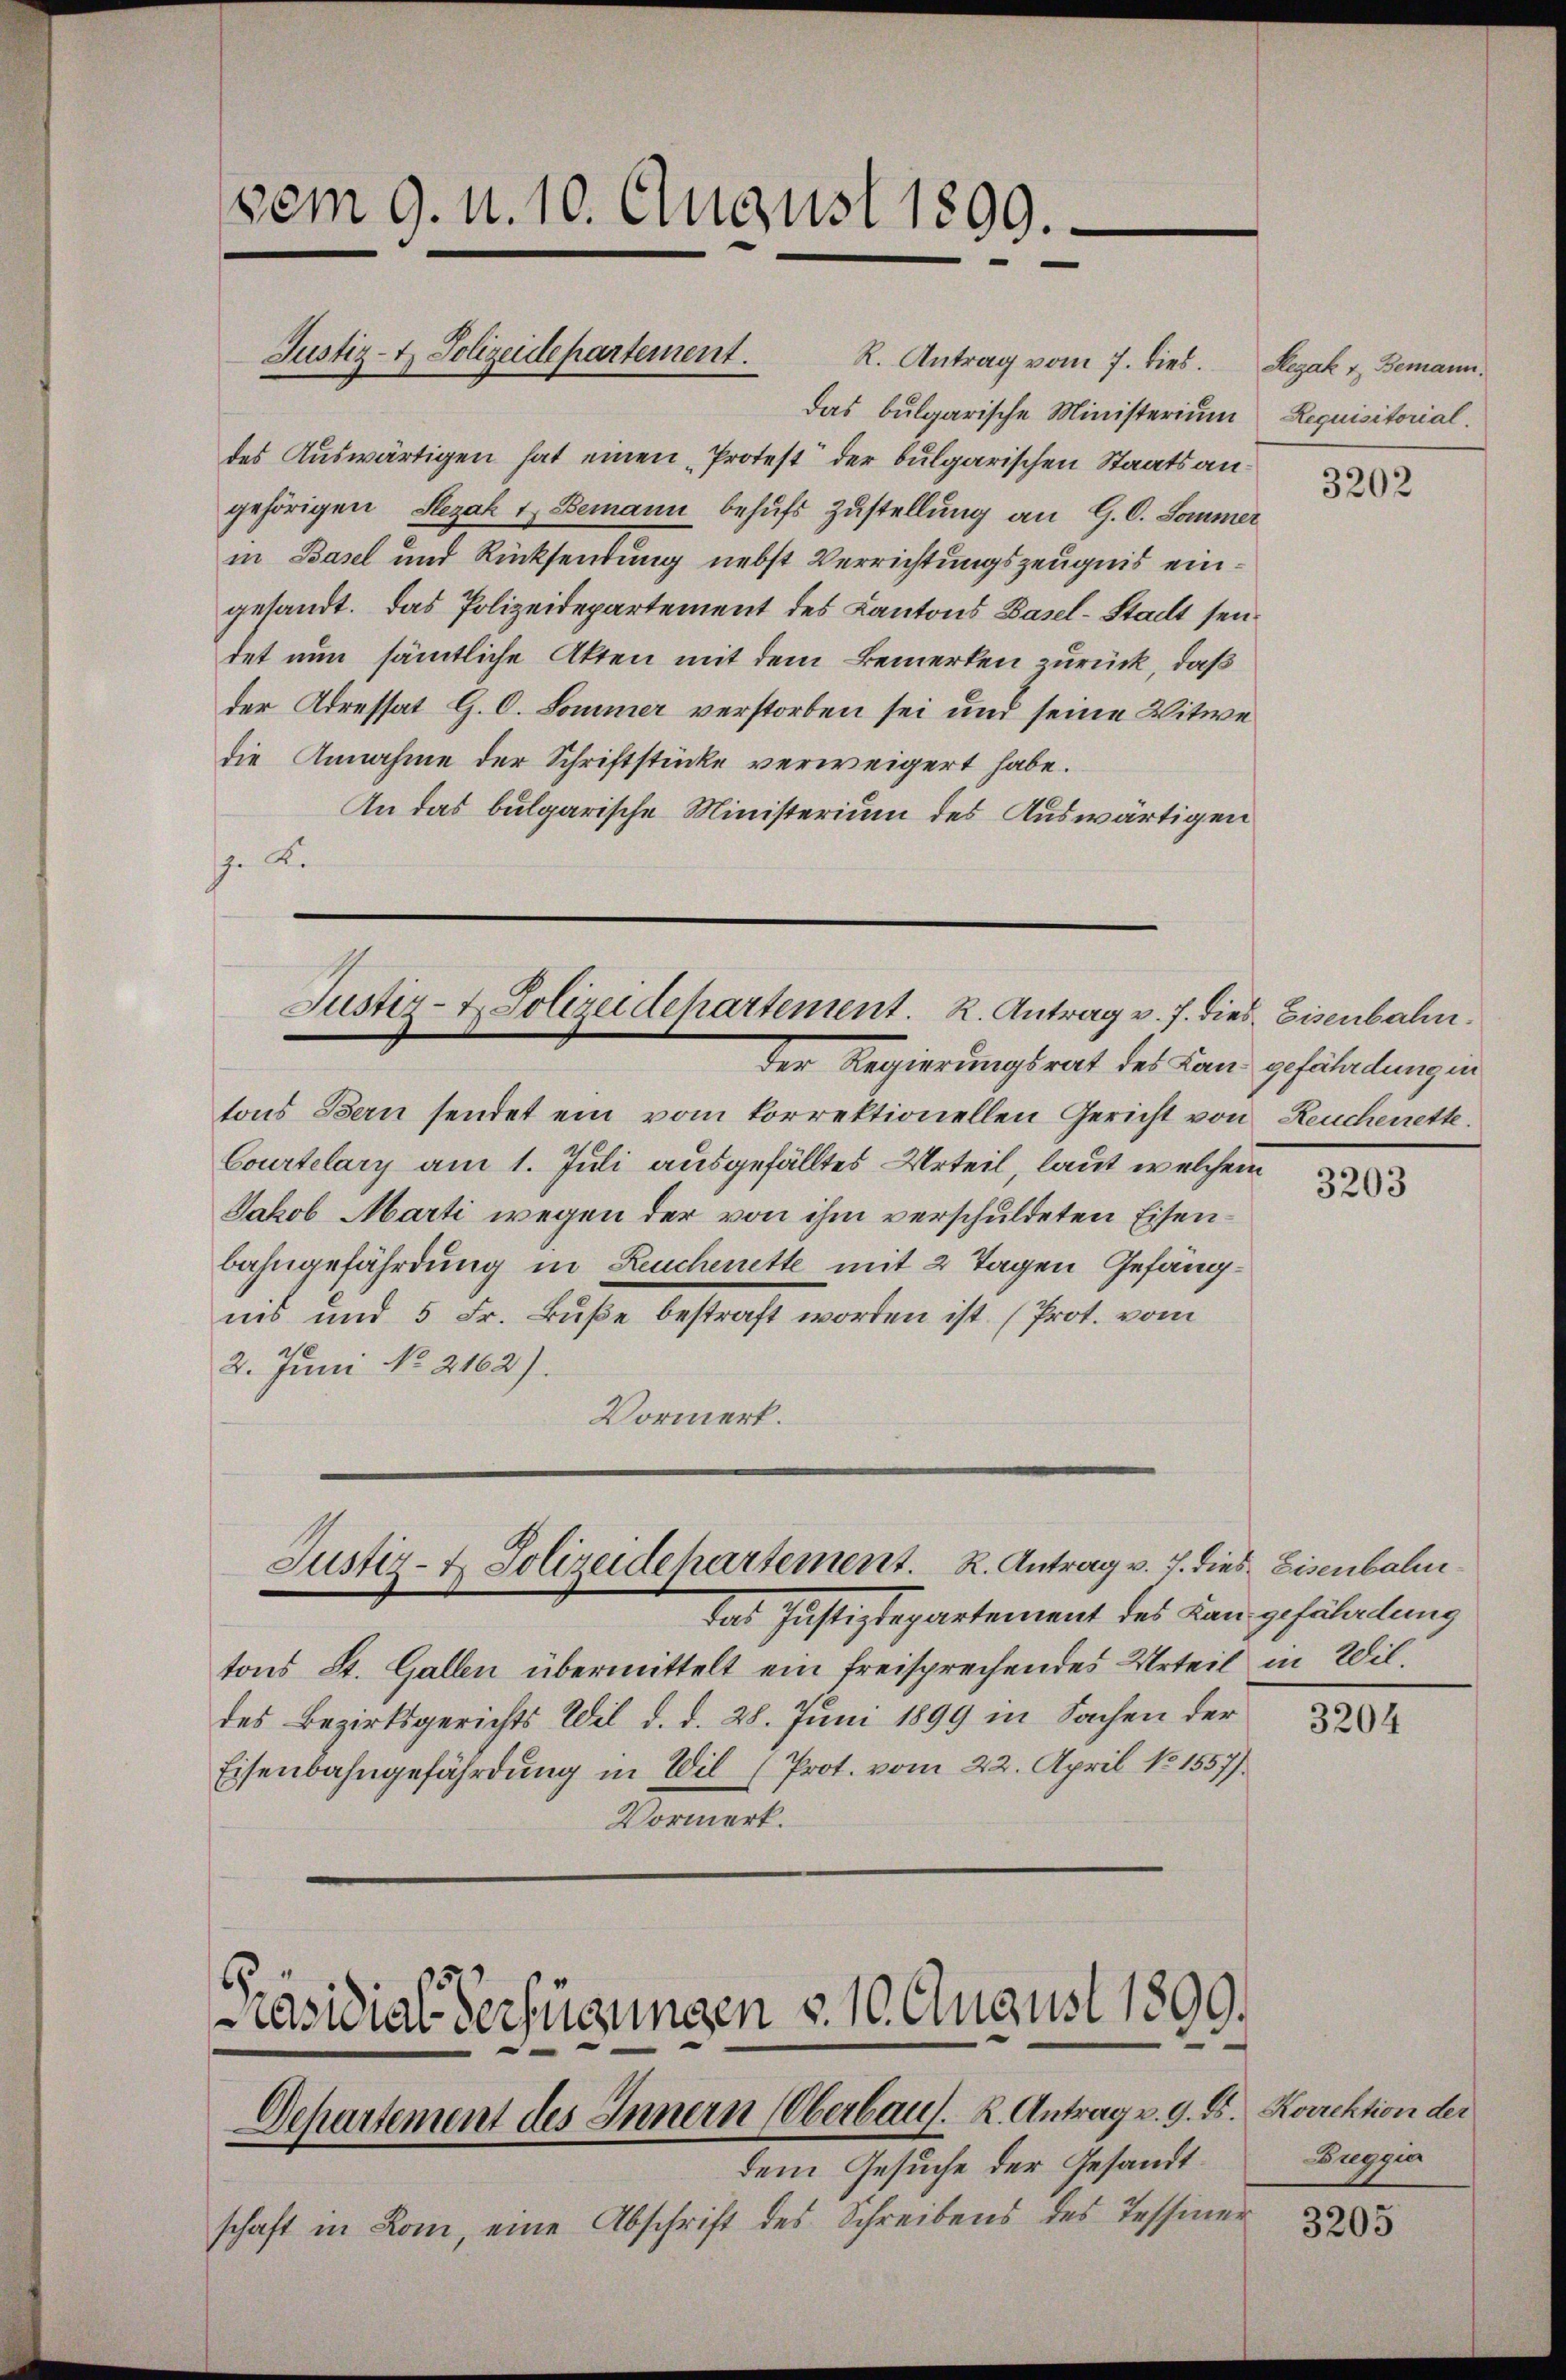
Justiz- & Polizeidepartement. R. Antrag vom 7. dies. Rezak u. Bemann.
Das bulgarische Ministerium
des Auswärtigen hat einen „Protest der bulgarischen Staatsangehörigen Slezak u. Bemann behufs Zustellung an G. C. Sommer
in Basel und Rücksendung nebst Verrichtungszeugnis eingesandt. Das Polizeidepartement des Kantons Basel-Stadt seidet nun sämtliche Akten mit dem Bemerken zurück, daß
der Adressat G. C. Sommer verstorben sei und seine Witwe
die Annahme der Schriftstücke verweigert habe.
An das bulgarische Ministerium des Auswärtigen
In Kr

vom 9. d. 10. August 1809.

Justiz- & Polizeidepartement. R. Antrag v. 7. dies Eisenbahn.
der Regierungsrat des Land gefährdung in

tons Bern sendet ein vom korrektionellen Gericht von Reucherette
Courtelary am 1. Juli ausgefälltes Urteil, laut welchem
Jakob Marti wegen der von ihm verschuldeten Eisenbahngefährdung in Reuchenette mit 2 Tagen Gefängnis und 5 Fr. Buße bestraft worden ist. (Prot. vom
2. Juni No 2162).
Vormerk.

Justiz- & Polizeidehartement. K. Antrag v. 7. dies Eisenbahn¬

das Justizdepartement des Langefährdung
tons St. Gallen übermittelt ein freisprechendes Urteil in Wildes Bezirksgerichts Wil d. d. 28. Juni 1899 in Sachen der
Eisenbahngefährdung in Wil (Prot. vom 22. April No 1557)
Vormerk.

dem Gesuche der Gesandtschaft in Rom, eine Abschrift des Schreibens des Tessiner

Präsidial-Verfügungen §. 10. August 1890.
Departement des Innern Überbaus. K. Antrag v. 9. ds. Korrektion der

Requisitorial.

3202

3203

3204

Breggia

3205